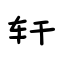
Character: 轩